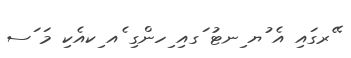
ޭރގައި އެ ުޔ ިނޓު ަގއި ިހންގި ެއ ިކއެކި މަ ަސ